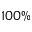
1 0 0 \%